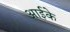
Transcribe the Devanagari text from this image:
आईके